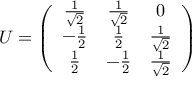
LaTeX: U = \left( \begin{array} { c c c } { { \frac { 1 } { \sqrt { 2 } } } } & { { \frac { 1 } { \sqrt { 2 } } } } & { { 0 } } \\ { { - \frac { 1 } { 2 } } } & { { \frac { 1 } { 2 } } } & { { \frac { 1 } { \sqrt { 2 } } } } \\ { { \frac { 1 } { 2 } } } & { { - \frac { 1 } { 2 } } } & { { \frac { 1 } { \sqrt { 2 } } } } \end{array} \right)